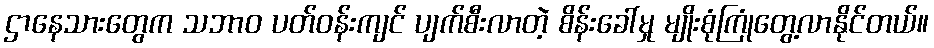
ဌာနေသားတွေက သဘာဝ ပတ်ဝန်းကျင် ပျက်စီးလာတဲ့ စိန်းခေါ်မှု မျိုးစုံကြုံတွေ့လာနိုင်တယ်။